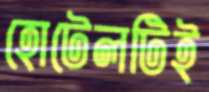
হোটেলটিই